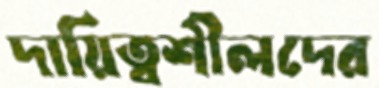
দায়িত্বশীলদের